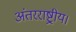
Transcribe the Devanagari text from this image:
अंतरराष्ट्रीय।